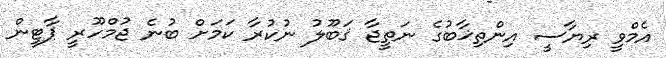
އެމްވީ ރިޔާސީ އިންތިޚާބުގެ ނަތީޖާ ޤަބޫލު ނުކުރާ ކަމަށް ބުނެ ޖުމްހޫރީ ޕާޓީން